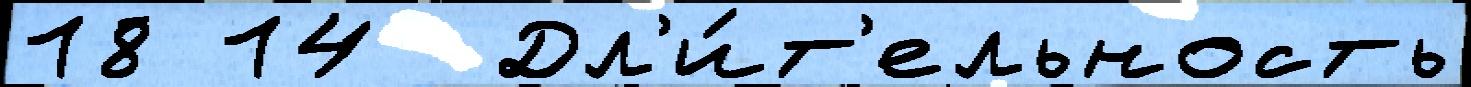
18 14  Дл'и́т'ельность